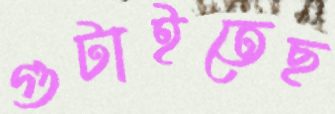
গুটাইতেছ